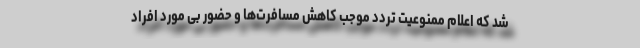
شد که اعلام ممنوعیت تردد موجب کاهش مسافرت‌ها و حضور بی مورد افراد